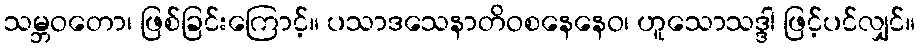
သမ္ဘဝတော၊ ဖြစ်ခြင်းကြောင့်။ ပသာဒသေနာတိဝစနေနေဝ၊ ဟူသောသဒ္ဒါ ဖြင့်ပင်လျှင်။